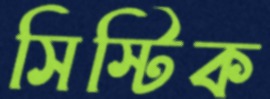
সিস্টিক